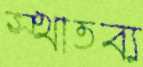
স্থাতব্য